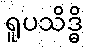
ရူပသိဒ္ဓိ